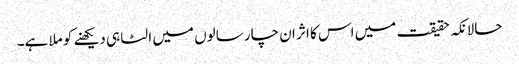
حالانکہ حقیقت میں اس کا اثر ان چار سالوں میں الٹا ہی دیکھنے کو ملا ہے۔